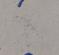
Signature authenticity: forged